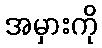
အမှားကို